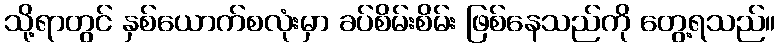
သို့ရာတွင် နှစ်ယောက်စလုံးမှာ ခပ်စိမ်းစိမ်း ဖြစ်နေသည်ကို တွေ့ရသည်။